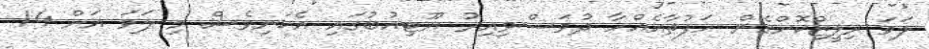
ލަވަ ރިލީޒްކޮށްގެން ހަފުތާއެއްހާ ދުވަސްވިއިރު ޔޫޓިއުބުގައި އެކަނިވެސް މި ލަވަ އަށް 14